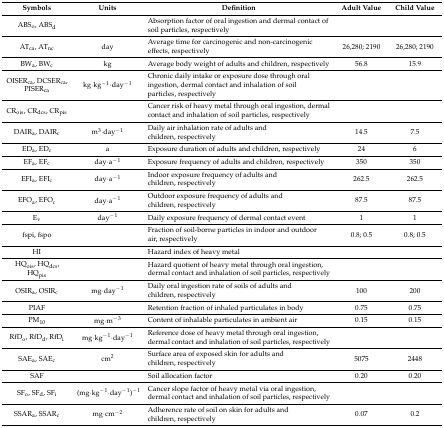
<table><thead><tr><td><b>Symbols</b></td><td><b>Units</b></td><td><b>Definition</b></td><td><b>Adult Value</b></td><td><b>Child Value</b></td></tr></thead><tbody><tr><td>ABS<sub>o</sub>, ABS<sub>d</sub></td><td></td><td>Absorption factor of oral ingestion and dermal contact of soil particles, respectively</td><td></td><td></td></tr><tr><td>AT<sub>ca</sub>, AT<sub>nc</sub></td><td>day</td><td>Average time for carcinogenic and non-carcinogenic effects, respectively</td><td>26,280; 2190</td><td>26,280; 2190</td></tr><tr><td>BW<sub>a</sub>, BW<sub>c</sub></td><td>kg</td><td>Average body weight of adults and children, respectively</td><td>56.8</td><td>15.9</td></tr><tr><td>OISER<sub>ca</sub>, DCSER<sub>ca</sub>, PISER<sub>ca</sub></td><td>kg·kg<sup>−</sup><sup>1</sup>·day<sup>−</sup><sup>1</sup></td><td>Chronic daily intake or exposure dose through oral ingestion, dermal contact and inhalation of soil particles, respectively</td><td></td><td></td></tr><tr><td>CR<sub>ois</sub>, CR<sub>dcs</sub>, CR<sub>pis</sub></td><td></td><td>Cancer risk of heavy metal through oral ingestion, dermal contact and inhalation of soil particles, respectively</td><td></td><td></td></tr><tr><td>DAIR<sub>a</sub>, DAIR<sub>c</sub></td><td>m<sup>3</sup>·day<sup>−</sup><sup>1</sup></td><td>Daily air inhalation rate of adults and children, respectively</td><td>14.5</td><td>7.5</td></tr><tr><td>ED<sub>a</sub>, ED<sub>c</sub></td><td>a</td><td>Exposure duration of adults and children, respectively</td><td>24</td><td>6</td></tr><tr><td>EF<sub>a</sub>, EF<sub>c</sub></td><td>day·a<sup>−</sup><sup>1</sup></td><td>Exposure frequency of adults and children, respectively</td><td>350</td><td>350</td></tr><tr><td>EFI<sub>a</sub>, EFI<sub>c</sub></td><td>day·a<sup>−</sup><sup>1</sup></td><td>Indoor exposure frequency of adults and children, respectively</td><td>262.5</td><td>262.5</td></tr><tr><td>EFO<sub>a</sub>, EFO<sub>c</sub></td><td>day·a<sup>−</sup><sup>1</sup></td><td>Outdoor exposure frequency of adults and children, respectively</td><td>87.5</td><td>87.5</td></tr><tr><td>E<sub>v</sub></td><td>day<sup>−</sup><sup>1</sup></td><td>Daily exposure frequency of dermal contact event</td><td>1</td><td>1</td></tr><tr><td>fspi, fspo</td><td></td><td>Fraction of soil-borne particles in indoor and outdoor air, respectively</td><td>0.8; 0.5</td><td>0.8; 0.5</td></tr><tr><td>HI</td><td></td><td>Hazard index of heavy metal</td><td></td><td></td></tr><tr><td>HQ<sub>ois</sub>, HQ<sub>dcs</sub>, HQ<sub>pis</sub></td><td></td><td>Hazard quotient of heavy metal through oral ingestion, dermal contact and inhalation of soil particles, respectively</td><td></td><td></td></tr><tr><td>OSIR<sub>a</sub>, OSIR<sub>c</sub></td><td>mg·day<sup>−</sup><sup>1</sup></td><td>Daily oral ingestion rate of soils of adults and children, respectively</td><td>100</td><td>200</td></tr><tr><td>PIAF</td><td></td><td>Retention fraction of inhaled particulates in body</td><td>0.75</td><td>0.75</td></tr><tr><td>PM<sub>10</sub></td><td>mg·m<sup>−</sup><sup>3</sup></td><td>Content of inhalable particulates in ambient air</td><td>0.15</td><td>0.15</td></tr><tr><td>RfD<sub>o</sub>, RfD<sub>d</sub>, RfD<sub>i</sub></td><td>mg·kg<sup>−</sup><sup>1</sup>·day<sup>−</sup><sup>1</sup></td><td>Reference dose of heavy metal through oral ingestion, dermal contact and inhalation of soil particles, respectively</td><td></td><td></td></tr><tr><td>SAE<sub>a</sub>, SAE<sub>c</sub></td><td>cm<sup>2</sup></td><td>Surface area of exposed skin for adults and children, respectively</td><td>5075</td><td>2448</td></tr><tr><td>SAF</td><td></td><td>Soil allocation factor</td><td>0.20</td><td>0.20</td></tr><tr><td>SF<sub>o</sub>, SF<sub>d</sub>, SF<sub>i</sub></td><td>(mg·kg<sup>−</sup><sup>1</sup>·day<sup>−</sup><sup>1</sup>)<sup>−</sup><sup>1</sup></td><td>Cancer slope factor of heavy metal via oral ingestion, dermal contact and inhalation of soil particles, respectively</td><td></td><td></td></tr><tr><td>SSAR<sub>a</sub>, SSAR<sub>c</sub></td><td>mg·cm<sup>−</sup><sup>2</sup></td><td>Adherence rate of soil on skin for adults and children, respectively</td><td>0.07</td><td>0.2</td></tr></tbody></table>